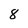
Character: 8